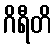
ဂိရီတိ